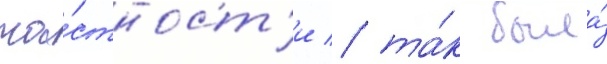
ча́стност'и / та́к была́